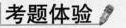
考题体验